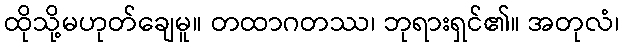
ထိုသို့မဟုတ်ချေမူ။ တထာဂတဿ၊ ဘုရားရှင်၏။ အတုလံ၊